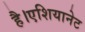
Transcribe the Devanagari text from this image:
है।एशियानेट